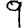
Digit: 9